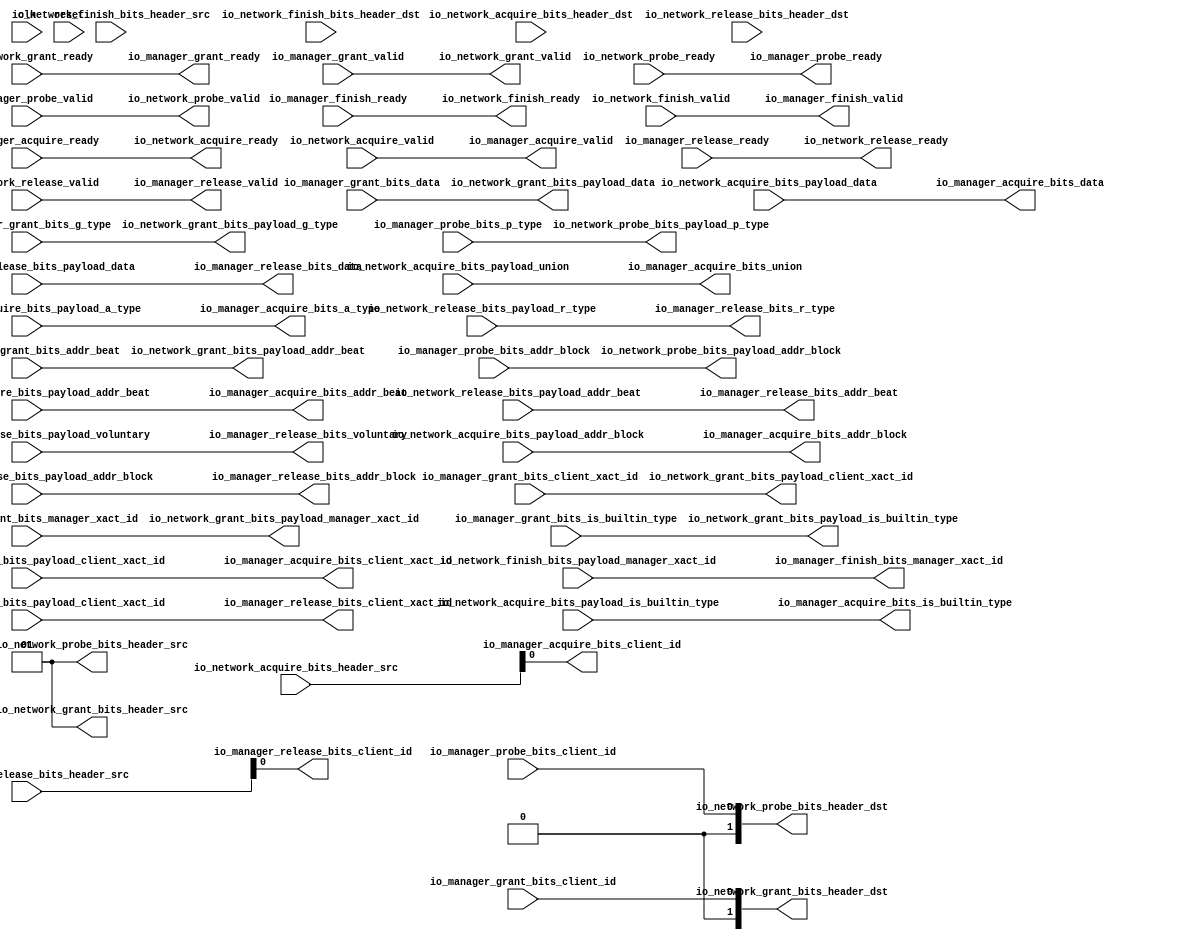
// Copyright (c) 2017, Microsemi Corporation
// All rights reserved.
//
// Redistribution and use in source and binary forms, with or without
// modification, are permitted provided that the following conditions are met:
//     * Redistributions of source code must retain the above copyright
//       notice, this list of conditions and the following disclaimer.
//     * Redistributions in binary form must reproduce the above copyright
//       notice, this list of conditions and the following disclaimer in the
//       documentation and/or other materials provided with the distribution.
//     * Neither the name of the <organization> nor the
//       names of its contributors may be used to endorse or promote products
//       derived from this software without specific prior written permission.
//
// THIS SOFTWARE IS PROVIDED BY THE COPYRIGHT HOLDERS AND CONTRIBUTORS "AS IS" AND
// ANY EXPRESS OR IMPLIED WARRANTIES, INCLUDING, BUT NOT LIMITED TO, THE IMPLIED
// WARRANTIES OF MERCHANTABILITY AND FITNESS FOR A PARTICULAR PURPOSE ARE
// DISCLAIMED. IN NO EVENT SHALL MICROSEMI CORPORATIONM BE LIABLE FOR ANY
// DIRECT, INDIRECT, INCIDENTAL, SPECIAL, EXEMPLARY, OR CONSEQUENTIAL DAMAGES
// (INCLUDING, BUT NOT LIMITED TO, PROCUREMENT OF SUBSTITUTE GOODS OR SERVICES;
// LOSS OF USE, DATA, OR PROFITS; OR BUSINESS INTERRUPTION) HOWEVER CAUSED AND
// ON ANY THEORY OF LIABILITY, WHETHER IN CONTRACT, STRICT LIABILITY, OR TORT
// (INCLUDING NEGLIGENCE OR OTHERWISE) ARISING IN ANY WAY OUT OF THE USE OF THIS
// SOFTWARE, EVEN IF ADVISED OF THE POSSIBILITY OF SUCH DAMAGE.
//
// Description:
//
// SVN Revision Information:
// SVN $Revision: 29484 $
// SVN $Date: 2017-03-31 09:57:25 +0100 (Fri, 31 Mar 2017) $
//
// Resolved SARs
// SAR      Date     Who   Description
//
// Notes:
//
// ****************************************************************************/
`define RANDOMIZE
`timescale 1ns/10ps
module PROC_SUBSYSTEM_CORERISCV_AXI4_0_CORERISCV_AXI4_MANAGER_TILE_LINK_NETWORK_PORT_1(
  input   clk,
  input   reset,
  input   io_manager_acquire_ready,
  output  io_manager_acquire_valid,
  output [25:0] io_manager_acquire_bits_addr_block,
  output  io_manager_acquire_bits_client_xact_id,
  output [2:0] io_manager_acquire_bits_addr_beat,
  output  io_manager_acquire_bits_is_builtin_type,
  output [2:0] io_manager_acquire_bits_a_type,
  output [11:0] io_manager_acquire_bits_union,
  output [63:0] io_manager_acquire_bits_data,
  output  io_manager_acquire_bits_client_id,
  output  io_manager_grant_ready,
  input   io_manager_grant_valid,
  input  [2:0] io_manager_grant_bits_addr_beat,
  input   io_manager_grant_bits_client_xact_id,
  input  [1:0] io_manager_grant_bits_manager_xact_id,
  input   io_manager_grant_bits_is_builtin_type,
  input  [3:0] io_manager_grant_bits_g_type,
  input  [63:0] io_manager_grant_bits_data,
  input   io_manager_grant_bits_client_id,
  input   io_manager_finish_ready,
  output  io_manager_finish_valid,
  output [1:0] io_manager_finish_bits_manager_xact_id,
  output  io_manager_probe_ready,
  input   io_manager_probe_valid,
  input  [25:0] io_manager_probe_bits_addr_block,
  input  [1:0] io_manager_probe_bits_p_type,
  input   io_manager_probe_bits_client_id,
  input   io_manager_release_ready,
  output  io_manager_release_valid,
  output [2:0] io_manager_release_bits_addr_beat,
  output [25:0] io_manager_release_bits_addr_block,
  output  io_manager_release_bits_client_xact_id,
  output  io_manager_release_bits_voluntary,
  output [2:0] io_manager_release_bits_r_type,
  output [63:0] io_manager_release_bits_data,
  output  io_manager_release_bits_client_id,
  output  io_network_acquire_ready,
  input   io_network_acquire_valid,
  input  [1:0] io_network_acquire_bits_header_src,
  input  [1:0] io_network_acquire_bits_header_dst,
  input  [25:0] io_network_acquire_bits_payload_addr_block,
  input   io_network_acquire_bits_payload_client_xact_id,
  input  [2:0] io_network_acquire_bits_payload_addr_beat,
  input   io_network_acquire_bits_payload_is_builtin_type,
  input  [2:0] io_network_acquire_bits_payload_a_type,
  input  [11:0] io_network_acquire_bits_payload_union,
  input  [63:0] io_network_acquire_bits_payload_data,
  input   io_network_grant_ready,
  output  io_network_grant_valid,
  output [1:0] io_network_grant_bits_header_src,
  output [1:0] io_network_grant_bits_header_dst,
  output [2:0] io_network_grant_bits_payload_addr_beat,
  output  io_network_grant_bits_payload_client_xact_id,
  output [1:0] io_network_grant_bits_payload_manager_xact_id,
  output  io_network_grant_bits_payload_is_builtin_type,
  output [3:0] io_network_grant_bits_payload_g_type,
  output [63:0] io_network_grant_bits_payload_data,
  output  io_network_finish_ready,
  input   io_network_finish_valid,
  input  [1:0] io_network_finish_bits_header_src,
  input  [1:0] io_network_finish_bits_header_dst,
  input  [1:0] io_network_finish_bits_payload_manager_xact_id,
  input   io_network_probe_ready,
  output  io_network_probe_valid,
  output [1:0] io_network_probe_bits_header_src,
  output [1:0] io_network_probe_bits_header_dst,
  output [25:0] io_network_probe_bits_payload_addr_block,
  output [1:0] io_network_probe_bits_payload_p_type,
  output  io_network_release_ready,
  input   io_network_release_valid,
  input  [1:0] io_network_release_bits_header_src,
  input  [1:0] io_network_release_bits_header_dst,
  input  [2:0] io_network_release_bits_payload_addr_beat,
  input  [25:0] io_network_release_bits_payload_addr_block,
  input   io_network_release_bits_payload_client_xact_id,
  input   io_network_release_bits_payload_voluntary,
  input  [2:0] io_network_release_bits_payload_r_type,
  input  [63:0] io_network_release_bits_payload_data
);
  wire  T_6043_ready;
  wire  T_6043_valid;
  wire [1:0] T_6043_bits_header_src;
  wire [1:0] T_6043_bits_header_dst;
  wire [2:0] T_6043_bits_payload_addr_beat;
  wire  T_6043_bits_payload_client_xact_id;
  wire [1:0] T_6043_bits_payload_manager_xact_id;
  wire  T_6043_bits_payload_is_builtin_type;
  wire [3:0] T_6043_bits_payload_g_type;
  wire [63:0] T_6043_bits_payload_data;
  wire  T_6043_bits_payload_client_id;
  wire  T_6598_ready;
  wire  T_6598_valid;
  wire [1:0] T_6598_bits_header_src;
  wire [1:0] T_6598_bits_header_dst;
  wire [25:0] T_6598_bits_payload_addr_block;
  wire [1:0] T_6598_bits_payload_p_type;
  wire  T_6598_bits_payload_client_id;
  wire  T_6877_ready;
  wire  T_6877_valid;
  wire [25:0] T_6877_bits_addr_block;
  wire  T_6877_bits_client_xact_id;
  wire [2:0] T_6877_bits_addr_beat;
  wire  T_6877_bits_is_builtin_type;
  wire [2:0] T_6877_bits_a_type;
  wire [11:0] T_6877_bits_union;
  wire [63:0] T_6877_bits_data;
  wire  T_6993_ready;
  wire  T_6993_valid;
  wire [2:0] T_6993_bits_addr_beat;
  wire [25:0] T_6993_bits_addr_block;
  wire  T_6993_bits_client_xact_id;
  wire  T_6993_bits_voluntary;
  wire [2:0] T_6993_bits_r_type;
  wire [63:0] T_6993_bits_data;
  wire  T_7097_ready;
  wire  T_7097_valid;
  wire [1:0] T_7097_bits_manager_xact_id;
  assign io_manager_acquire_valid = T_6877_valid;
  assign io_manager_acquire_bits_addr_block = T_6877_bits_addr_block;
  assign io_manager_acquire_bits_client_xact_id = T_6877_bits_client_xact_id;
  assign io_manager_acquire_bits_addr_beat = T_6877_bits_addr_beat;
  assign io_manager_acquire_bits_is_builtin_type = T_6877_bits_is_builtin_type;
  assign io_manager_acquire_bits_a_type = T_6877_bits_a_type;
  assign io_manager_acquire_bits_union = T_6877_bits_union;
  assign io_manager_acquire_bits_data = T_6877_bits_data;
  assign io_manager_acquire_bits_client_id = io_network_acquire_bits_header_src[0];
  assign io_manager_grant_ready = T_6043_ready;
  assign io_manager_finish_valid = T_7097_valid;
  assign io_manager_finish_bits_manager_xact_id = T_7097_bits_manager_xact_id;
  assign io_manager_probe_ready = T_6598_ready;
  assign io_manager_release_valid = T_6993_valid;
  assign io_manager_release_bits_addr_beat = T_6993_bits_addr_beat;
  assign io_manager_release_bits_addr_block = T_6993_bits_addr_block;
  assign io_manager_release_bits_client_xact_id = T_6993_bits_client_xact_id;
  assign io_manager_release_bits_voluntary = T_6993_bits_voluntary;
  assign io_manager_release_bits_r_type = T_6993_bits_r_type;
  assign io_manager_release_bits_data = T_6993_bits_data;
  assign io_manager_release_bits_client_id = io_network_release_bits_header_src[0];
  assign io_network_acquire_ready = T_6877_ready;
  assign io_network_grant_valid = T_6043_valid;
  assign io_network_grant_bits_header_src = T_6043_bits_header_src;
  assign io_network_grant_bits_header_dst = T_6043_bits_header_dst;
  assign io_network_grant_bits_payload_addr_beat = T_6043_bits_payload_addr_beat;
  assign io_network_grant_bits_payload_client_xact_id = T_6043_bits_payload_client_xact_id;
  assign io_network_grant_bits_payload_manager_xact_id = T_6043_bits_payload_manager_xact_id;
  assign io_network_grant_bits_payload_is_builtin_type = T_6043_bits_payload_is_builtin_type;
  assign io_network_grant_bits_payload_g_type = T_6043_bits_payload_g_type;
  assign io_network_grant_bits_payload_data = T_6043_bits_payload_data;
  assign io_network_finish_ready = T_7097_ready;
  assign io_network_probe_valid = T_6598_valid;
  assign io_network_probe_bits_header_src = T_6598_bits_header_src;
  assign io_network_probe_bits_header_dst = T_6598_bits_header_dst;
  assign io_network_probe_bits_payload_addr_block = T_6598_bits_payload_addr_block;
  assign io_network_probe_bits_payload_p_type = T_6598_bits_payload_p_type;
  assign io_network_release_ready = T_6993_ready;
  assign T_6043_ready = io_network_grant_ready;
  assign T_6043_valid = io_manager_grant_valid;
  assign T_6043_bits_header_src = 2'h1;
  assign T_6043_bits_header_dst = {{1'd0}, io_manager_grant_bits_client_id};
  assign T_6043_bits_payload_addr_beat = io_manager_grant_bits_addr_beat;
  assign T_6043_bits_payload_client_xact_id = io_manager_grant_bits_client_xact_id;
  assign T_6043_bits_payload_manager_xact_id = io_manager_grant_bits_manager_xact_id;
  assign T_6043_bits_payload_is_builtin_type = io_manager_grant_bits_is_builtin_type;
  assign T_6043_bits_payload_g_type = io_manager_grant_bits_g_type;
  assign T_6043_bits_payload_data = io_manager_grant_bits_data;
  assign T_6043_bits_payload_client_id = io_manager_grant_bits_client_id;
  assign T_6598_ready = io_network_probe_ready;
  assign T_6598_valid = io_manager_probe_valid;
  assign T_6598_bits_header_src = 2'h1;
  assign T_6598_bits_header_dst = {{1'd0}, io_manager_probe_bits_client_id};
  assign T_6598_bits_payload_addr_block = io_manager_probe_bits_addr_block;
  assign T_6598_bits_payload_p_type = io_manager_probe_bits_p_type;
  assign T_6598_bits_payload_client_id = io_manager_probe_bits_client_id;
  assign T_6877_ready = io_manager_acquire_ready;
  assign T_6877_valid = io_network_acquire_valid;
  assign T_6877_bits_addr_block = io_network_acquire_bits_payload_addr_block;
  assign T_6877_bits_client_xact_id = io_network_acquire_bits_payload_client_xact_id;
  assign T_6877_bits_addr_beat = io_network_acquire_bits_payload_addr_beat;
  assign T_6877_bits_is_builtin_type = io_network_acquire_bits_payload_is_builtin_type;
  assign T_6877_bits_a_type = io_network_acquire_bits_payload_a_type;
  assign T_6877_bits_union = io_network_acquire_bits_payload_union;
  assign T_6877_bits_data = io_network_acquire_bits_payload_data;
  assign T_6993_ready = io_manager_release_ready;
  assign T_6993_valid = io_network_release_valid;
  assign T_6993_bits_addr_beat = io_network_release_bits_payload_addr_beat;
  assign T_6993_bits_addr_block = io_network_release_bits_payload_addr_block;
  assign T_6993_bits_client_xact_id = io_network_release_bits_payload_client_xact_id;
  assign T_6993_bits_voluntary = io_network_release_bits_payload_voluntary;
  assign T_6993_bits_r_type = io_network_release_bits_payload_r_type;
  assign T_6993_bits_data = io_network_release_bits_payload_data;
  assign T_7097_ready = io_manager_finish_ready;
  assign T_7097_valid = io_network_finish_valid;
  assign T_7097_bits_manager_xact_id = io_network_finish_bits_payload_manager_xact_id;
endmodule